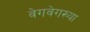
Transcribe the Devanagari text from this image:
वेगवेगख्या